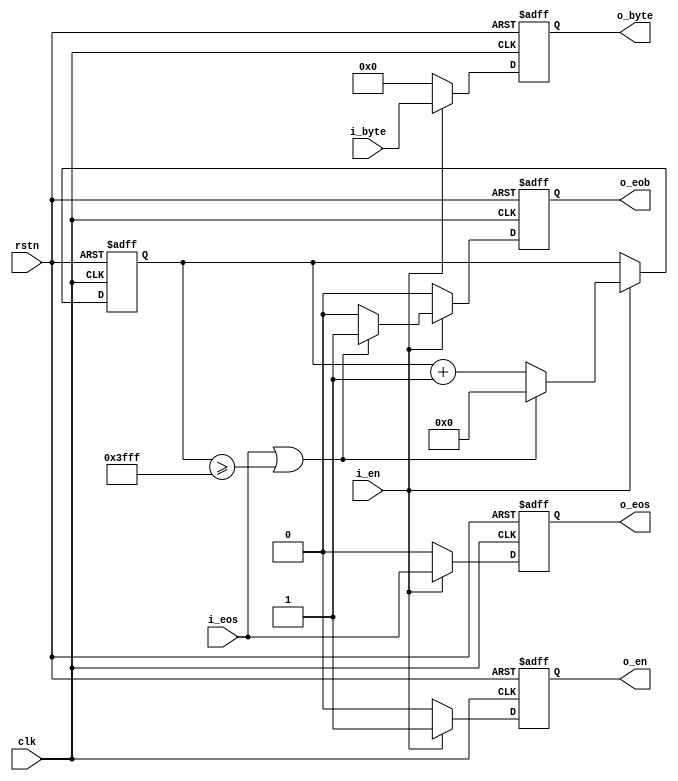

module split_stream_to_block (
    input  wire        rstn,
    input  wire        clk,
    // input stream
    input  wire        i_en,
    input  wire        i_eos,           // end of stream (current byte is the last byte of this stream), a stream that is larger than 16384 bytes is splitted to multiple blocks (done by previous modules).
    input  wire [ 7:0] i_byte,
    // output stream
    output reg         o_en,
    output reg         o_eos,           // end of stream (current byte is the last byte of this stream), a stream that is larger than 16384 bytes is splitted to multiple blocks (done by previous modules).
    output reg         o_eob,           // end of block  (current byte is the last byte of this block) , a block must not be larger than 16384 bytes.
    output reg  [ 7:0] o_byte
);


localparam [13:0] BLOCK_LEN_MINUS1 = 14'h3FFF;


initial  o_en   = 1'b0;
initial  o_eos  = 1'b0;
initial  o_eob  = 1'b0;
initial  o_byte = 8'h0;


reg  [13:0] counter = 14'h0;

always @ (posedge clk or negedge rstn)
    if (~rstn) begin
        counter <= 14'h0;
        o_en   <= 1'b0;
        o_eos  <= 1'b0;
        o_eob  <= 1'b0;
        o_byte <= 8'h0;
    end else begin
        o_en   <= 1'b0;
        o_eos  <= 1'b0;
        o_eob  <= 1'b0;
        o_byte <= 8'h0;
        if (i_en) begin
            o_en   <= 1'b1;
            o_eos  <= i_eos;
            o_byte <= i_byte;
            if (i_eos || (counter >= BLOCK_LEN_MINUS1)) begin
                o_eob <= 1'b1;
                counter <= 14'h0;
            end else
                counter <= counter + 14'h1;
        end
    end


endmodule